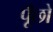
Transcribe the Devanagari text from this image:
पूँछो